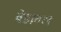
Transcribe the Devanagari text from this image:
वेडावल